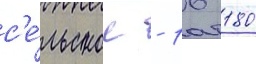
с'е́льское - 16 180